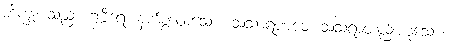
ဘိက္ခု၊ သည်။ ဂမ္ဘီရေ၊ နက်စွာထသော။ သံသာရဏ္ဏဝေ၊ သံသရာတည်းဟူသော။